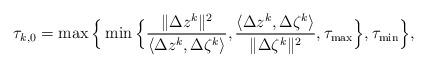
LaTeX: \begin{align*} \tau_{k,0}=\max\Big\{\min\Big\{\frac{\|\Delta z^k\|^2}{\langle\Delta z^k,\Delta\zeta^k\rangle}, \frac{\langle\Delta z^k,\Delta\zeta^k\rangle}{\|\Delta\zeta^k\|^2},{\tau}_{\rm max}\Big\},{\tau}_{\rm min}\Big\}, \end{align*}